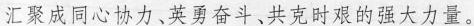
汇聚成同心协力、英勇奋斗、共克时艰的强大力量。